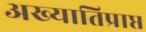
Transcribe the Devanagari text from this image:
अख्यातिप्राप्त